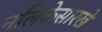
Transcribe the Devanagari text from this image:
नलिकेसारखे